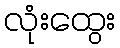
လုံးထွေး